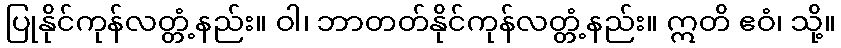
ပြုနိုင်ကုန်လတ္တံ့နည်း။ ဝါ၊ ဘာတတ်နိုင်ကုန်လတ္တံ့နည်း။ ဣတိ ဧဝံ၊ သို့။